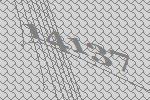
14137